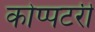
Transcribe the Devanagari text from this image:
कोप्पटरी